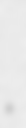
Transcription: ร.ศ